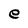
Character: e